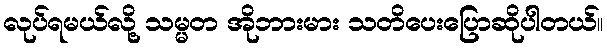
လုပ်ရမယ်လို့ သမ္မတ အိုဘားမား သတိပေးပြောဆိုပါတယ်။